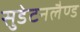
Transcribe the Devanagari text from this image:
सुडेटनलैण्ड